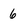
Character: 6